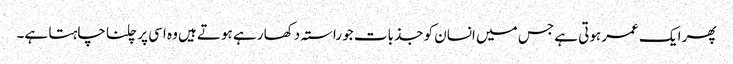
پھر ایک عمر ہوتی ہے جس میں انسان کو جذبات جو راستہ دکھا رہے ہوتے ہیں وہ اسی پر چلنا چاہتا ہے۔